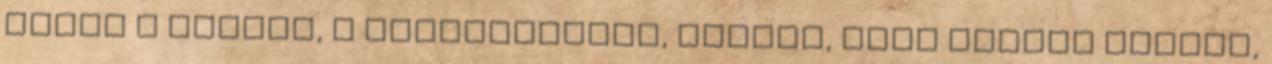
adott a kupára, a megnyerőjére, azokra, akik isznak belőle,